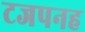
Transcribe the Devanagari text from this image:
टजपनह